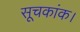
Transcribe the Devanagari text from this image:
सूचकांक।